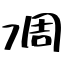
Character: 凋